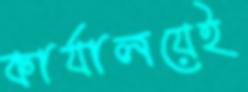
কার্যালয়েই